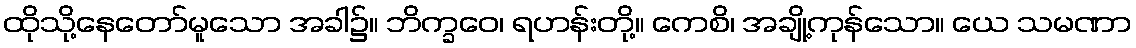
ထိုသို့နေတော်မူသော အခါ၌။ ဘိက္ခဝေ၊ ရဟန်းတို့။ ကေစိ၊ အချို့ကုန်သော။ ယေ သမဏာ